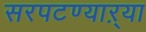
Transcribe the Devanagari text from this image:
सरपटण्याऱ्या